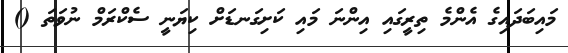
މައިބަދައިގެ އެންމެ ތިރީގައި އިންނަ މައި ކަށިގަނޑަށް ކިޔަނީ ސެކްރަމް ނުވަތަ ()